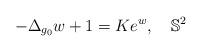
LaTeX: \begin{align*}-\Delta_{g_0}w + 1 = K e^w,\quad\mathbb{S}^2\end{align*}